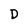
Character: D